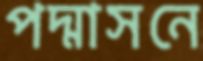
পদ্মাসনে